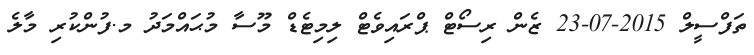
ތަފްސީލް 2015-07-23 ޒެން ރިސޯޓް ޕްރައިވެޓް ލިމިޓެޑް މޫސާ މުޙައްމަދު މ.ފުންކުރި މާލެ